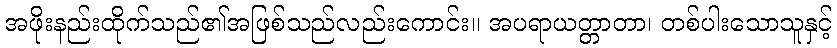
အဖိုးနည်းထိုက်သည်၏အဖြစ်သည်လည်းကောင်း။ အပရာယတ္တာတာ၊ တစ်ပါးသောသူနှင့်